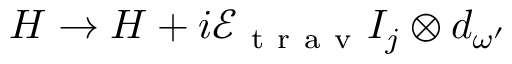
H \to H + i \mathcal { E } _ { \mathrm { ~ t ~ r ~ a ~ v ~ } } I _ { j } \otimes d _ { \omega ^ { \prime } }